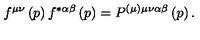
f ^ { \mu \nu } \left( p \right) f ^ { * \alpha \beta } \left( p \right) = P ^ { ( \mu ) \mu \nu \alpha \beta } \left( p \right) .